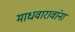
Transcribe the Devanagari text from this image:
माधवारावांना